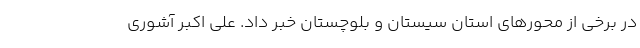
در برخی از محورهای استان سیستان و بلوچستان خبر داد. علی اکبر آشوری